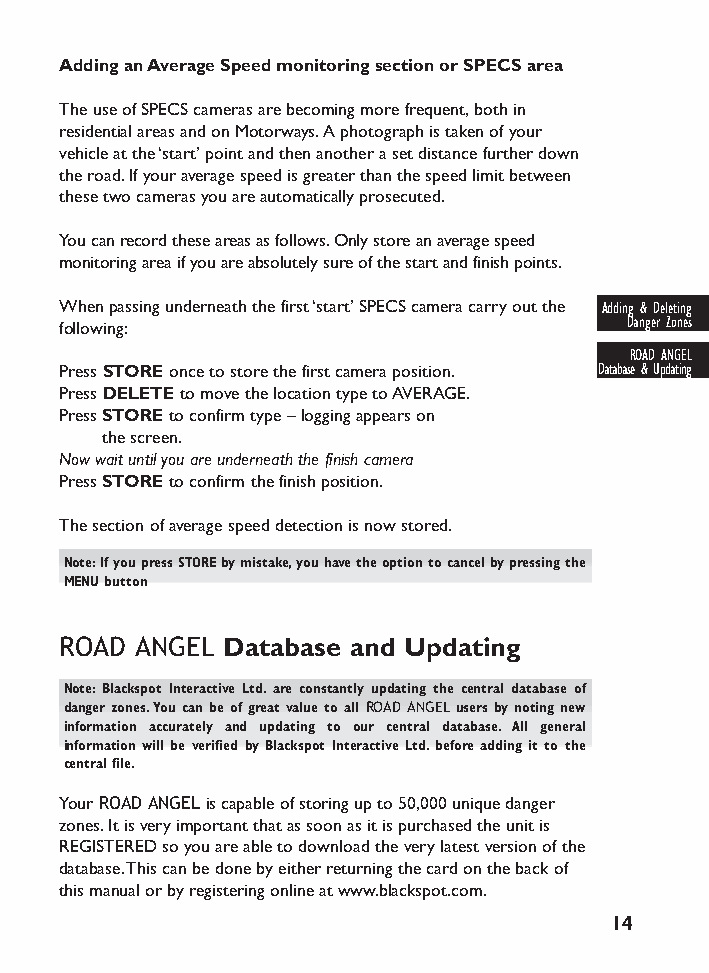
Adding an Average Speed monitoring section or SPECS area
 The use of SPECS cameras are becoming more frequent,both in
 residential areas and on Motorways.A photograph is taken of your
 vehicle at the ‘start’ point and then another a set distance further down
 the road.If your average speed is greater than the speed limit between
 these two cameras you are automatically prosecuted.
 You can record these areas as follows.Only store an average speed
 monitoring area if you are absolutely sure of the start and finish points.
 When passing underneath the first ‘start’ SPECS camera carry out the Adding & Deleting
 following:                           Danger Zones
 ROAD ANGEL
 PressSTOREonce to store the first camera position. Database & Updating
 Press DELETEto move the location type to AVERAGE.
 Press STOREto confirm type – logging appears on
 the screen.
 Now wait until you are underneath the finish camera
 Press STOREto confirm the finish position.
 The section of average speed detection is now stored.
 Note:If you press STORE by mistake,you have the option to cancel by pressing the
 MENU button
 ROAD ANGEL Database and Updating
 Note:Blackspot Interactive Ltd.are constantly updating the central database of
 danger zones.You can be of great value to all ROAD ANGEL users by noting new
 information accurately and updating to our central database. All general
 information will be verified by Blackspot Interactive Ltd.before adding it to the
 central file.
 Your ROAD ANGELis capable of storing up to 50,000 unique danger
 zones.It is very important that as soon as it is purchased the unit is
 REGISTERED so you are able to download the very latest version of the
 database.This can be done by either returning the card on the back of
 this manual or by registering online at www.blackspot.com.
 14